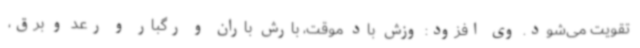
تقویت می‌شود. وی افزود: وزش باد موقت، بارش باران و رگبار و رعد و برق،